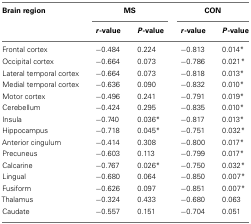
<table><thead><tr><td><b>Brain region</b></td><td colspan="2"><b>MS</b></td><td colspan="2"><b>CON</b></td></tr><tr><td></td><td><b><i>r</i>-value</b></td><td><b><i>P</i>-value</b></td><td><b><i>r</i>-value</b></td><td><b><i>P</i>-value</b></td></tr></thead><tbody><tr><td>Frontal cortex</td><td>−0.484</td><td>0.224</td><td>−0.813</td><td>0.014*</td></tr><tr><td>Occipital cortex</td><td>−0.664</td><td>0.073</td><td>−0.786</td><td>0.021*</td></tr><tr><td>Lateral temporal cortex</td><td>−0.664</td><td>0.073</td><td>−0.818</td><td>0.013*</td></tr><tr><td>Medial temporal cortex</td><td>−0.636</td><td>0.090</td><td>−0.832</td><td>0.010*</td></tr><tr><td>Motor cortex</td><td>−0.496</td><td>0.241</td><td>−0.791</td><td>0.019*</td></tr><tr><td>Cerebellum</td><td>−0.424</td><td>0.295</td><td>−0.835</td><td>0.010*</td></tr><tr><td>Insula</td><td>−0.740</td><td>0.036*</td><td>−0.817</td><td>0.013*</td></tr><tr><td>Hippocampus</td><td>−0.718</td><td>0.045*</td><td>−0.751</td><td>0.032*</td></tr><tr><td>Anterior cingulum</td><td>−0.414</td><td>0.308</td><td>−0.800</td><td>0.017*</td></tr><tr><td>Precuneus</td><td>−0.603</td><td>0.113</td><td>−0.799</td><td>0.017*</td></tr><tr><td>Calcarine</td><td>−0.767</td><td>0.026*</td><td>−0.750</td><td>0.032*</td></tr><tr><td>Lingual</td><td>−0.680</td><td>0.064</td><td>−0.850</td><td>0.007*</td></tr><tr><td>Fusiform</td><td>−0.626</td><td>0.097</td><td>−0.851</td><td>0.007*</td></tr><tr><td>Thalamus</td><td>−0.324</td><td>0.433</td><td>−0.680</td><td>0.063</td></tr><tr><td>Caudate</td><td>−0.557</td><td>0.151</td><td>−0.704</td><td>0.051</td></tr></tbody></table>